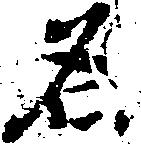
名